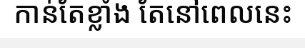
កាន់តែខ្លាំង តែនៅពេលនេះ